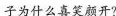
子为什么喜笑颜开?